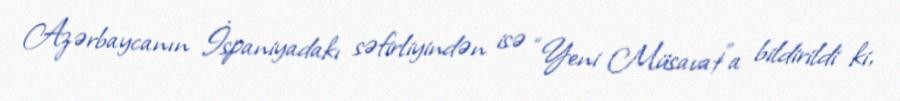
Azərbaycanın İspaniyadakı səfirliyindən isə “Yeni Müsavat”a bildirildi ki,